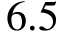
6 . 5